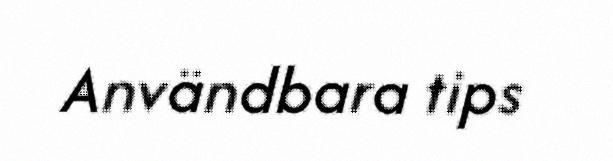
Användbara tips